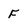
Character: F